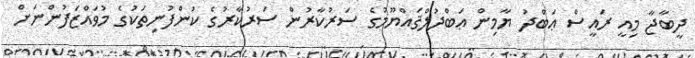
ދީބާޖާ މިއީ ރައީސް ޢަބްދު ޔާމިން ޢަބްދުލްޤައްޔޫމުގެ ސަރުކާރުން ސަރުކާރުގެ ކުންފުނިތަކުގެ މުވައްޒަފުންނަށް